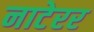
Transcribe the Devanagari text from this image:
नाटेरर